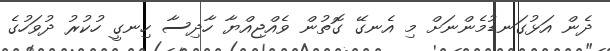
ދެން އަޅުގަނޑުމެންނަށް މި އެނގޭ ގޮތުން ވެއްޖިއްޔާ ހާދިސާ ހިނގީ ހުކުރު ދުވަހުގެ